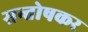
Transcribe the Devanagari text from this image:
सन्तोषकर